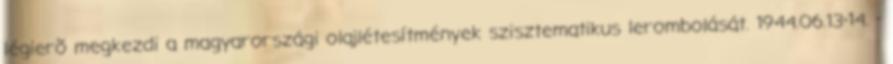
légierõ megkezdi a magyarországi olajlétesítmények szisztematikus lerombolását. 1944.06.13-14. -